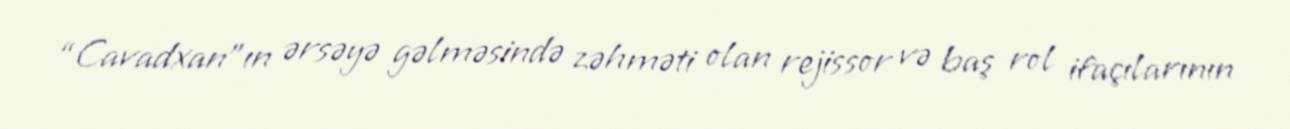
“Cavadxan”ın ərsəyə gəlməsində zəhməti olan rejissor və baş rol ifaçılarının